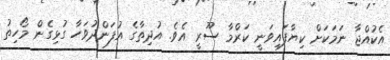
އެކުއްޖާ ނަމަކަށް ކިޔާފައިވަނީ ކަރްމާ ސޫރީ އެވެ. އުދިތާގެ އުފަންދުވަހާ ގުޅިގެން މޯހިތު